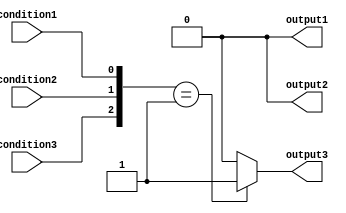
module parallel_case_statement (
    input wire condition1,
    input wire condition2,
    input wire condition3,
    output reg output1,
    output reg output2,
    output reg output3
);

always @* begin
    case ({condition3, condition2, condition1})
        3'b000: begin
            // Code to execute when condition1, condition2, and condition3 are all zero
            output1 <= 0;
            output2 <= 0;
            output3 <= 0;
        end
        3'b001: begin
            // Code to execute when condition1 is zero, condition2 is zero, and condition3 is one
            output1 <= 0;
            output2 <= 0;
            output3 <= 1;
        end
        // Add more cases as needed
        default: begin
            // Default case
            output1 <= 0;
            output2 <= 0;
            output3 <= 0;
        end
    endcase
end

endmodule